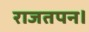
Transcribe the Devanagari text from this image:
राजतपन।